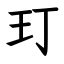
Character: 玎